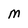
Character: M